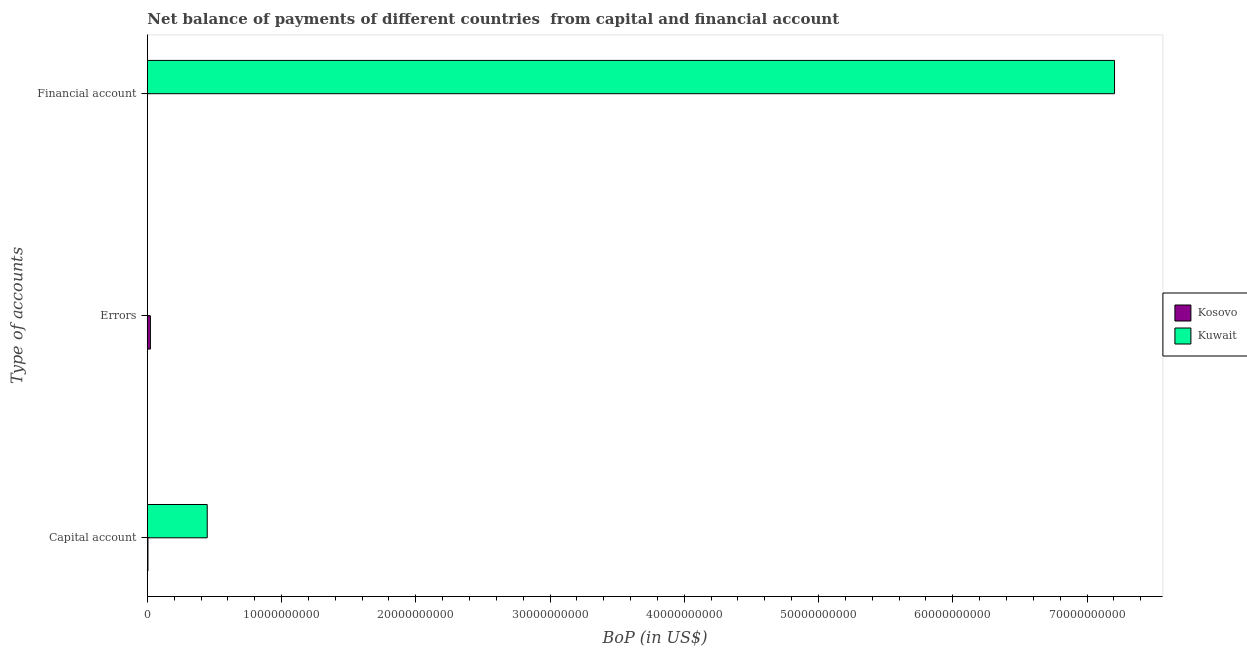
| Type of accounts | Kosovo | Kuwait |
 | --- | --- | --- |
 | Capital account | 4.63e+07 | 4.46e+09 |
 | Errors | 2.28e+08 | -3.68e+09 |
 | Financial account | -1.77e+08 | 7.21e+10 |